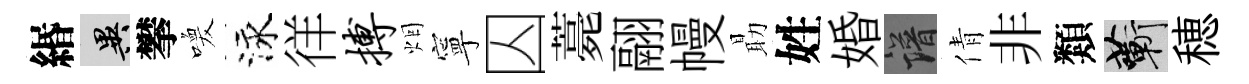
緡异攀喚泳徉搏烟寧囚薧翮幔朂姓婚譜倩非類蔪穂